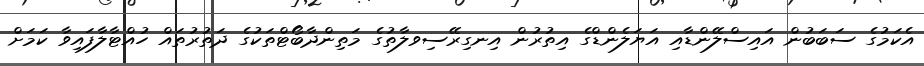
އެކަމުގެ ސަބަބުން އައިސްލޭންޑާއި އަޔަލެންޑްގެ އިތުރުން އިނގިރޭސިވލާތުގެ މަތިންދާބޯޓްތަކުގެ ދަތުރުތައް ހުއްޓާލާފައިވާ ކަމަށް